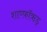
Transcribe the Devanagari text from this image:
शाण्फ़ॉऋड्